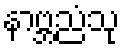
နာဗ္ဘညံသု